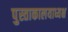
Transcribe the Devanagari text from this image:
पुस्ताकालयाध्यक्ष